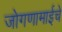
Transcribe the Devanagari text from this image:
जोगणामाईचे